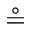
\circeq